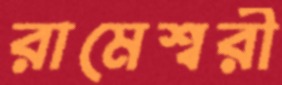
রামেশ্বরী